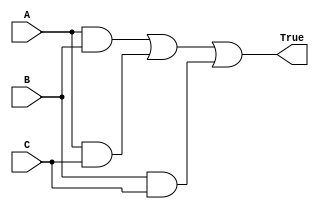
module Voter #(parameter WIDTH = 1)(
    input  [(WIDTH-1):0] A, B, C,
    output [(WIDTH-1):0] True/*, A_error, B_error, C_error, Bit_error*/
    );

//wire [(WIDTH-1):0] AB_error, AC_error, BC_error;
genvar i;

generate	
	for (i = 0; i < WIDTH; i = i +1) begin : Vote_Bit
//			assign AB_error[i] = A[i] ^ B[i];
//			assign AC_error[i] = A[i] ^ C[i];
//			assign BC_error[i] = B[i] ^ C[i];
//			assign A_error[i] = AB_error[i] && AC_error[i];
//			assign B_error[i] = AB_error[i] && BC_error[i];
//			assign C_error[i] = AC_error[i] && BC_error[i];
			assign True[i] =  (A[i] && B[i]) || (A[i] && C[i]) || (B[i] && C[i]);
//			assign Bit_error[i] = AB_error[i] || AC_error[i] || BC_error[i]; 
	end
endgenerate

endmodule